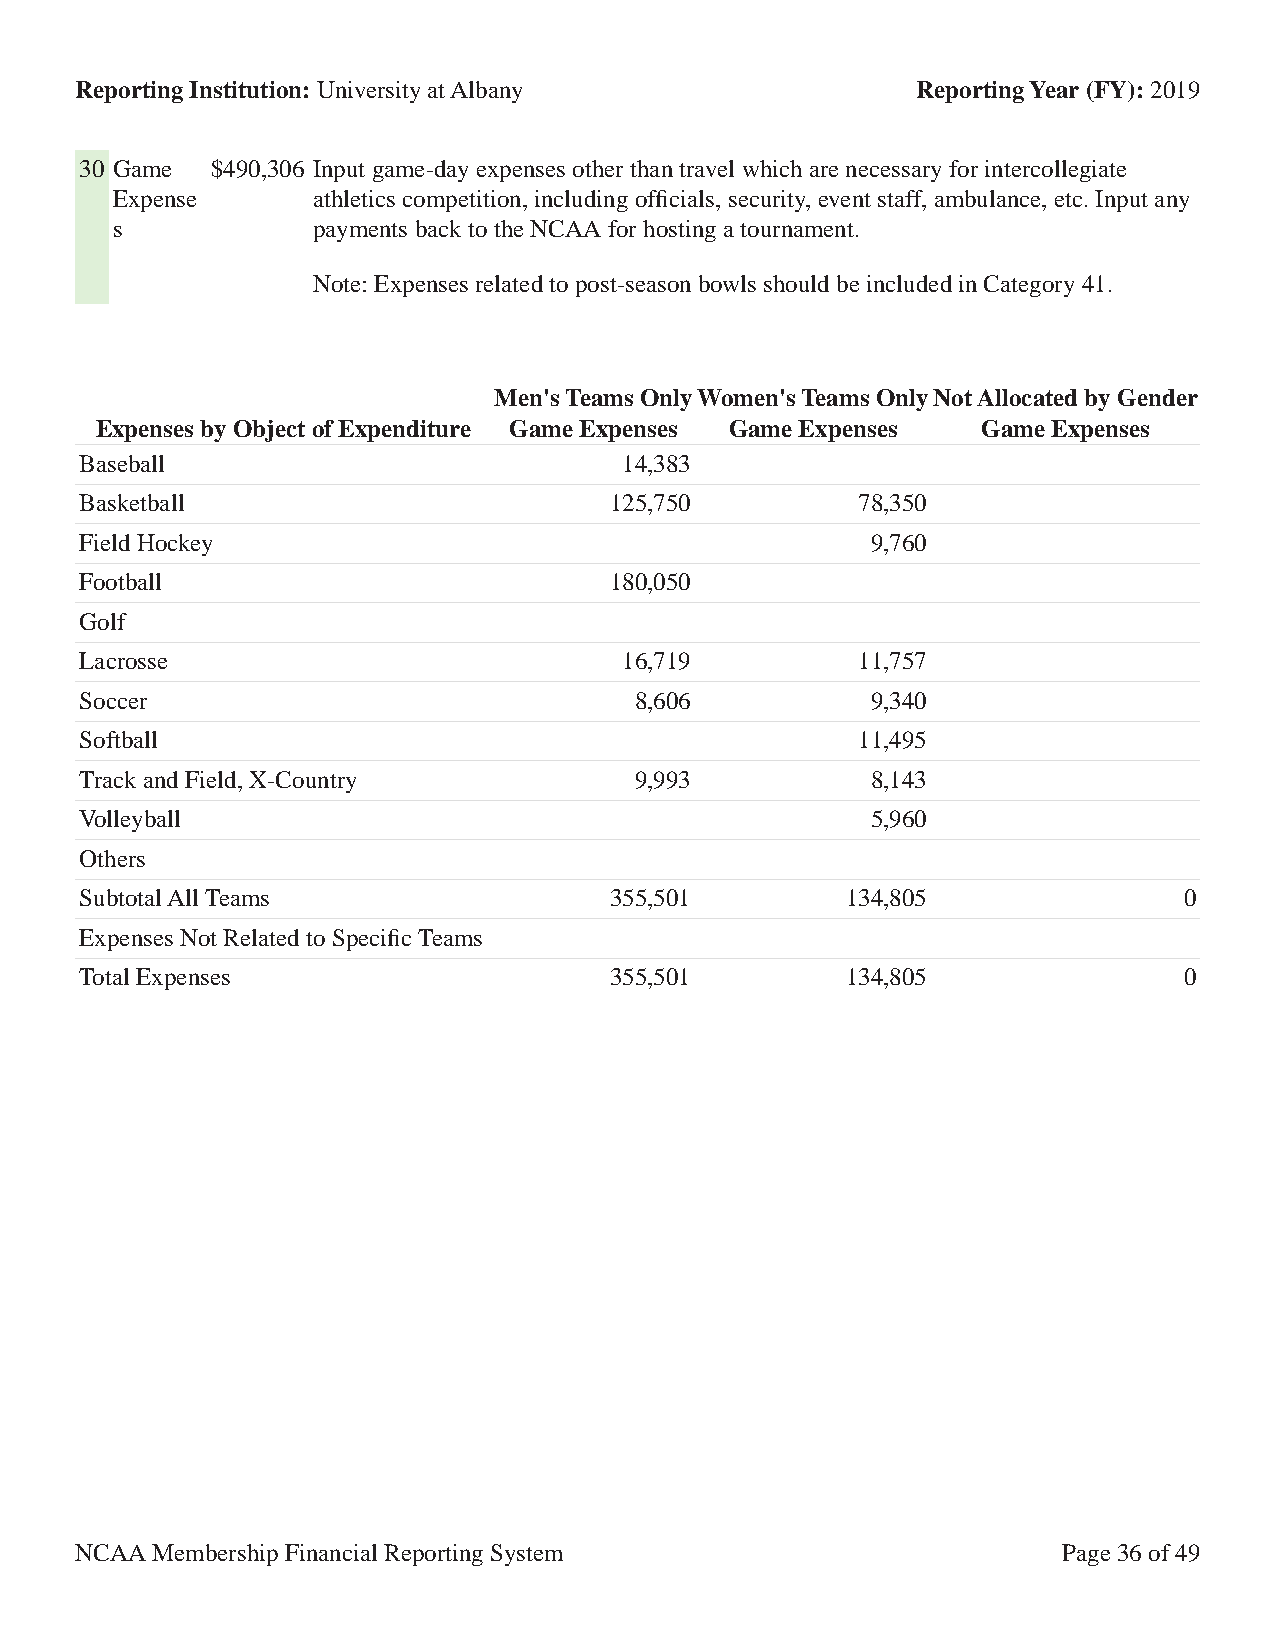
Reporting Institution: University at Albany             Reporting Year (FY): 2019
 30 Game  $490,306 Input game-day expenses other than travel which are necessary for intercollegiate
 Expense       athletics competition, including officials, security, event staff, ambulance, etc. Input any
 s             payments back to the NCAA for hosting a tournament.
 Note: Expenses related to post-season bowls should be included in Category 41.
 Men's Teams OnlyWomen's Teams OnlyNot Allocated by Gender
 Expenses by Object of Expenditure Game Expenses Game Expenses Game Expenses
 Baseball                            14,383
 Basketball                         125,750          78,350
 Field Hockey                                         9,760
 Football                           180,050
 Golf
 Lacrosse                            16,719          11,757
 Soccer                               8,606           9,340
 Softball                                            11,495
 Track and Field, X-Country           9,993           8,143
 Volleyball                                           5,960
 Others
 Subtotal All Teams                 355,501         134,805               0
 Expenses Not Related to Specific Teams
 Total Expenses                     355,501         134,805               0
 NCAA Membership Financial Reporting System                       Page 36 of 49